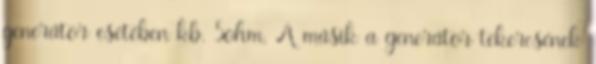
generátor esetében kb. 5ohm. A másik a generátor tekercsének